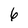
Character: 6